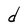
Character: d